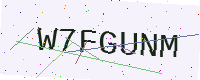
Text: W7FGUNM